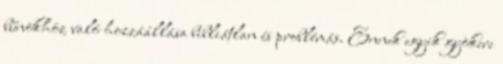
bűnökhöz való hozzáállása bibliátlan és problémás. Ennek egyik gyökere